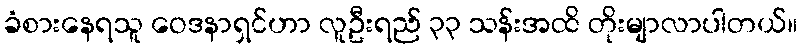
ခံစားနေရသူ ဝေဒနာရှင်ဟာ လူဦးရည် ၃၃ သန်းအထိ တိုးမျာလာပါတယ်။